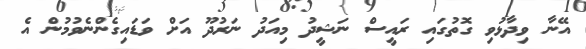
އޭނާ ވިދާޅުވި ގޮތުގައި ރައީސް ނަޝީދު މިއަދު ނަރުދޫ އަށް ވަޑައިގެންނެވުމުން އެ